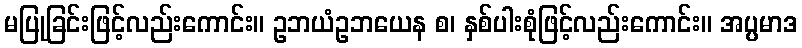
မပြုခြင်းဖြင့်လည်းကောင်း။ ဥဘယံဥဘယေန စ၊ နှစ်ပါးစုံဖြင့်လည်းကောင်း။ အပ္ပမာဒ